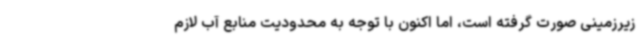
زیرزمینی صورت گرفته است، اما اکنون با توجه به محدودیت منابع آب لازم